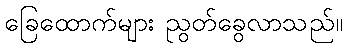
ခြေထောက်များ ညွတ်ခွေလာသည်။